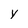
Character: y